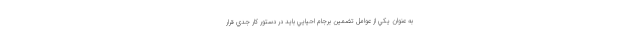
به عنوان يكي از عوامل تضمين برجام احيايي بايد در دستور كار جدي قرار